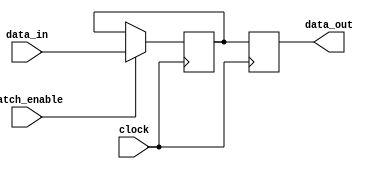
module sequential_logic_block (
    input wire data_in,
    input wire latch_enable,
    input wire clock,
    output reg data_out
);

reg temp_data;

always @(posedge clock) begin
    if(latch_enable) begin
        temp_data <= data_in;
    end
    data_out <= temp_data;
end

endmodule